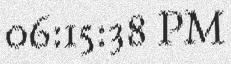
06:15:38 PM